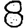
Digit: 8